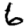
Digit: 6